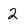
Character: 2